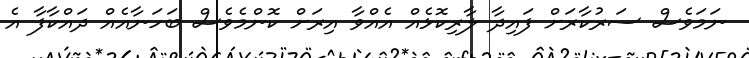
ނަމަވެސް ސަރުކާރަށް ފައިދާ ލާރިކޮޅެއްް އެއްވާ އިރަށް ކޮންމެވެސް ބަހަނާއެއް ދައްކާފާ އެ